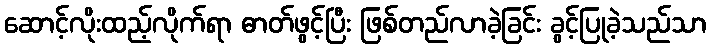
ဆောင့်လိုးထည့်လိုက်ရာ ဓာတ်ဖွင့်ပြီး ဖြစ်တည်လာခဲ့ခြင်း ခွင့်ပြုခဲ့သည်သာ